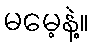
မမေ့နဲ့။